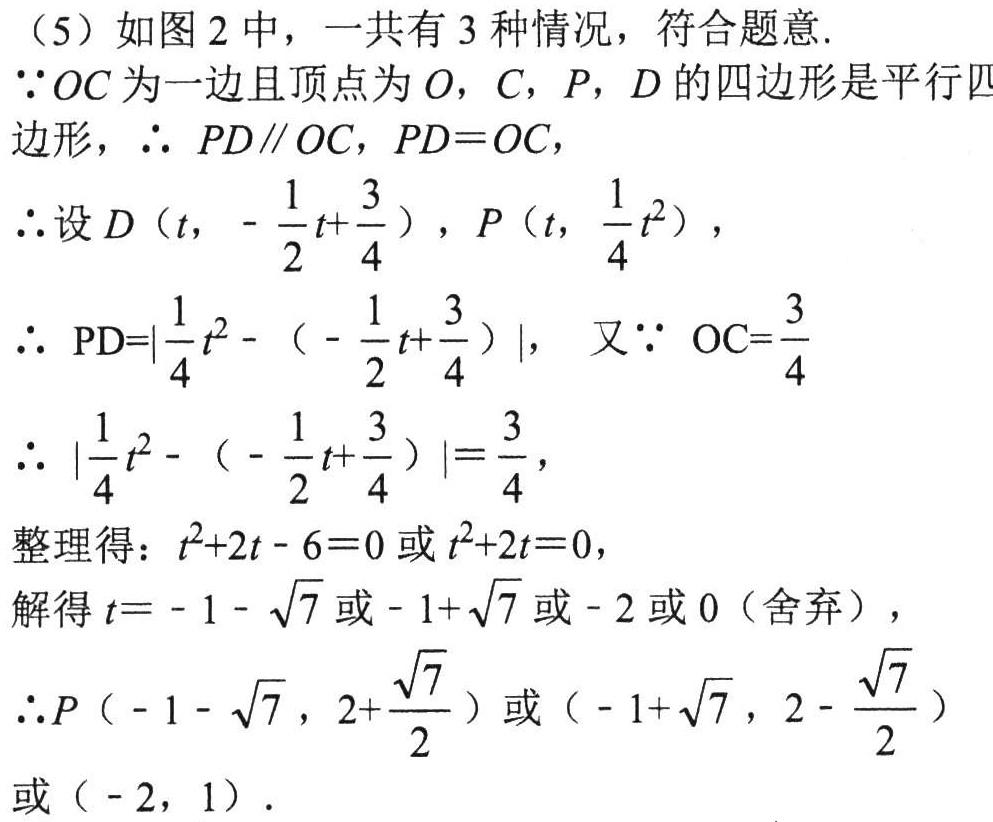
（5）如图2中，一共有3种情况，符合题意.
\(\because OC\)为一边且顶点为\(O,C,P,D\)的四边形是平行四边形，\(\therefore PD\parallel OC\)，\(PD = OC\)，
\(\therefore\)设\(D\left(t,-\dfrac{1}{2}t + \dfrac{3}{4}\right)\)，\(P\left(t,\dfrac{1}{4}t^{2}\right)\)，
\(\therefore \text{PD}=\left|\dfrac{1}{4}t^{2}-\left(-\dfrac{1}{2}t+\dfrac{3}{4}\right)\right|\)， 又\(\because \text{OC}=\dfrac{3}{4}\)
\(\therefore \left|\dfrac{1}{4}t^{2}-\left(-\dfrac{1}{2}t+\dfrac{3}{4}\right)\right|=\dfrac{3}{4}\)，
整理得：\(t^{2}+2t - 6 = 0\)或\(t^{2}+2t = 0\)，
解得\(t=-1-\sqrt{7}\)或\(-1 + \sqrt{7}\)或\(-2\)或\(0\)（舍弃），
\(\therefore P\left(-1-\sqrt{7},2+\dfrac{\sqrt{7}}{2}\right)\)或\(\left(-1+\sqrt{7},2-\dfrac{\sqrt{7}}{2}\right)\)或\((-2,1)\).